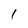
Character: 1